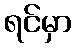
ရင်မှာ